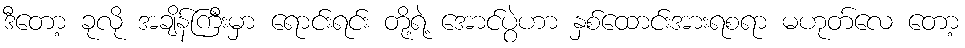
ဒီတော့ ခုလို အချိန်ကြီးမှာ ရောင်းရင်း တို့ရဲ့ အောင်ပွဲဟာ နှစ်ထောင်းအားရစရာ မဟုတ်လေ တော့